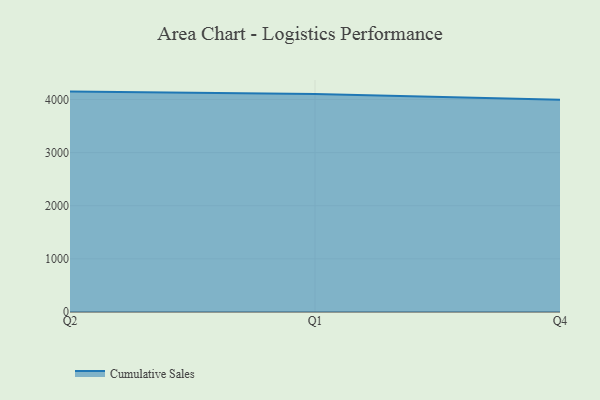
{"axis": {"x": "Quarter", "y": "Backlog"}, "legend": ["Cumulative Sales"], "data": [{"x": "Q2", "y": 4148.2, "type": "Cumulative Sales"}, {"x": "Q1", "y": 4102.1, "type": "Cumulative Sales"}, {"x": "Q4", "y": 3994.7, "type": "Cumulative Sales"}]}